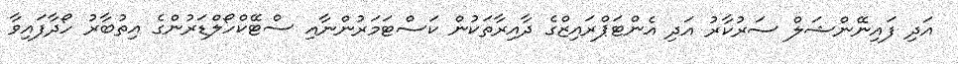
އަދި ފައިނޭންޝަލް ސަރުކާރު އަދި އެންޓަޕްރައިޒްގެ ދާއިރާތަކުން ކަސްޓަމަރުންނާއި ސްޓޭކްހޯލްޑަރުންގެ އިތުބާރު ހޯދާފައިވާ